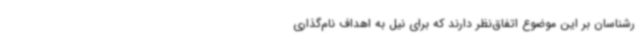
رشناسان بر این موضوع اتفاق‌نظر دارند که برای نیل به اهداف نام‌گذاری